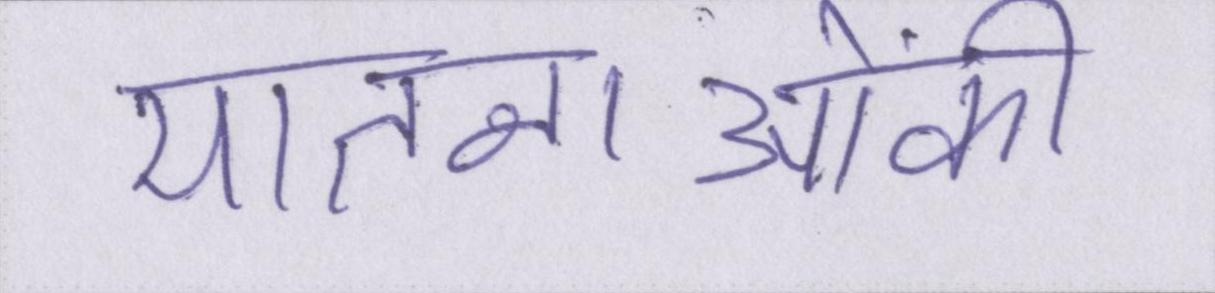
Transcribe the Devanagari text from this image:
यातनाओंकी